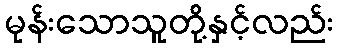
မုန်းသောသူတို့နှင့်လည်း